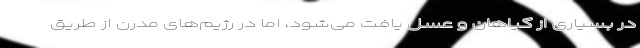
در بسیاری از گیاهان و عسل یافت می‌شود، اما در رژیم‌های مدرن از طریق